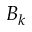
B _ { k }